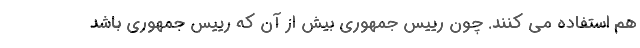
هم استفاده می کنند. چون رییس جمهوری بیش از آن که رییس جمهوری باشد